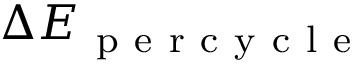
\Delta E _ { \mathrm { ~ p ~ e ~ r ~ c ~ y ~ c ~ l ~ e ~ } }